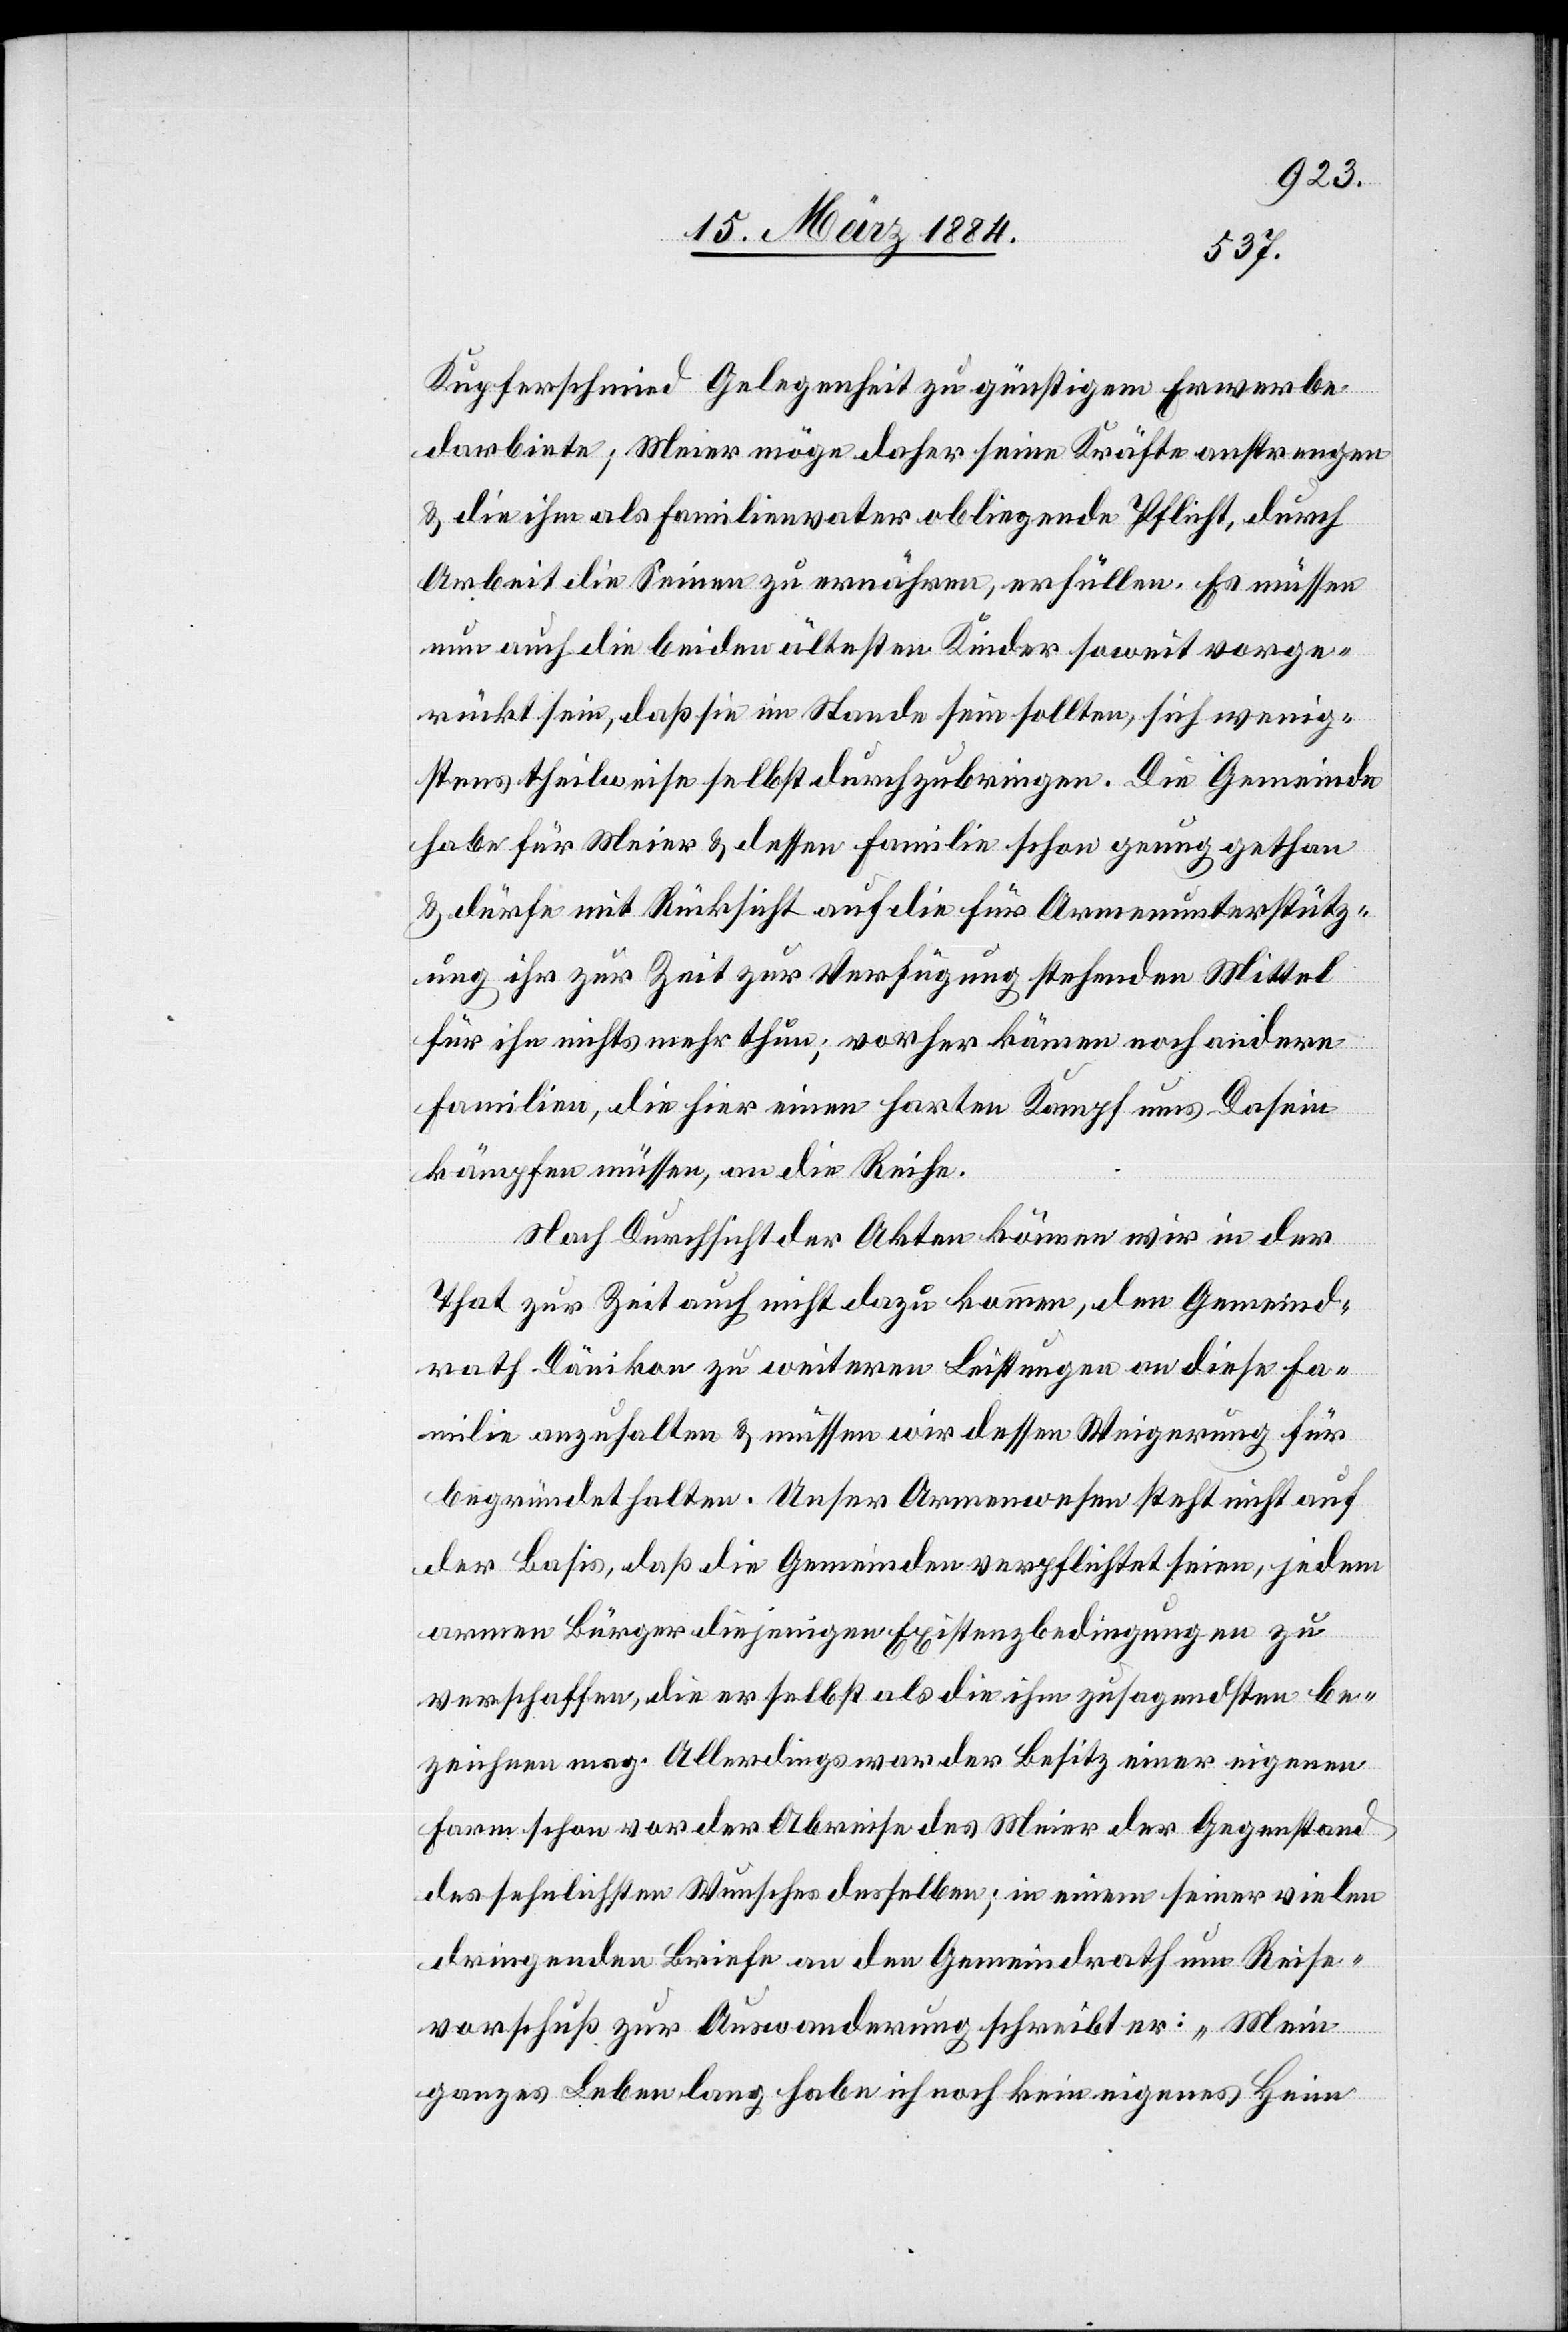
Kupferschmid Gelegenheit zu günstigem Erwerbe
darbiete; Meier möge daher seine Kräfte anstrengen
& die ihm als Familienvater obliegende Pflicht, durch
Arbeit die Seinen zu ernähren, erfüllen. Es müssen
nun auch die beiden ältesten Kinder soweit vorge¬
rückt sein, daß sie im Stande sein sollten, sich wenig¬
stens theilweise selbst durchzubringen. Die Gemeinde
habe für Meier & dessen Familie schon genug gethan
& dürfe mit Rücksicht auf die für Armenunterstütz¬
ung ihr zur Zeit zur Verfügung stehenden Mittel
für ihn nicht mehr thun; vorher kämen noch andere
Familien, die hier einen harten Kampf ums Dasein
kämpfen müssen, an die Reihe.
Nach Durchsicht der Akten können wir in der
That zur Zeit auch nicht dazu kommen, den Gemeind¬
rath Dänikon zu weiterer Leistung an diese Fa¬
milie anzuhalten & müssen wir dessen Weigerung für
begründet halten. Unser Armenwesen steht nicht auf
der Basis, daß die Gemeinden verpflichtet seien, jedem
armen Bürger diejenigen Existenzbedingungen zu
verschaffen, die er selbst als die ihm zusagendsten be¬
zeichnen mag. Allerdings war der Besitz einer eigenen
Farm schon vor der Abreise des Meier der Gegenstand
des sehnlichsten Wunsches desselben; in einem seiner vielen
dringenden Briefe an den Gemeindrath um Reise¬
vorschuß zur Auswanderung schreibt er: „Mein
ganzes Leben lang habe ich noch kein eigenes Heim